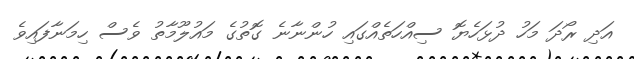
އަދި ރޯދަ މަހު ދުޅަހެޔޮ ސިއްހަތެއްގައި ހުންނާނެ ގޮތުގެ މައުލޫމާތު ވެސް ހިމަނާފައިވެ